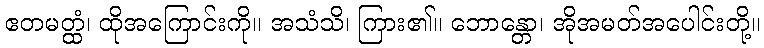
ဧတမတ္ထံ၊ ထိုအကြောင်းကို။ အသံသိ၊ ကြား၏။ ဘောန္တော၊ အိုအမတ်အပေါင်းတို့။